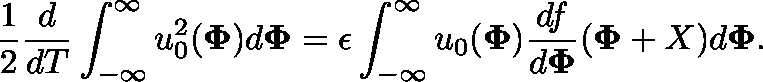
\frac { 1 } { 2 } \frac { d } { d T } \int _ { - \infty } ^ { \infty } u _ { 0 } ^ { 2 } ( \mathbf { \Phi } ) d \mathbf { \Phi } = \epsilon \int _ { - \infty } ^ { \infty } u _ { 0 } ( \mathbf { \Phi } ) \frac { d f } { d \mathbf { \Phi } } ( \mathbf { \Phi } + X ) d \mathbf { \Phi } .